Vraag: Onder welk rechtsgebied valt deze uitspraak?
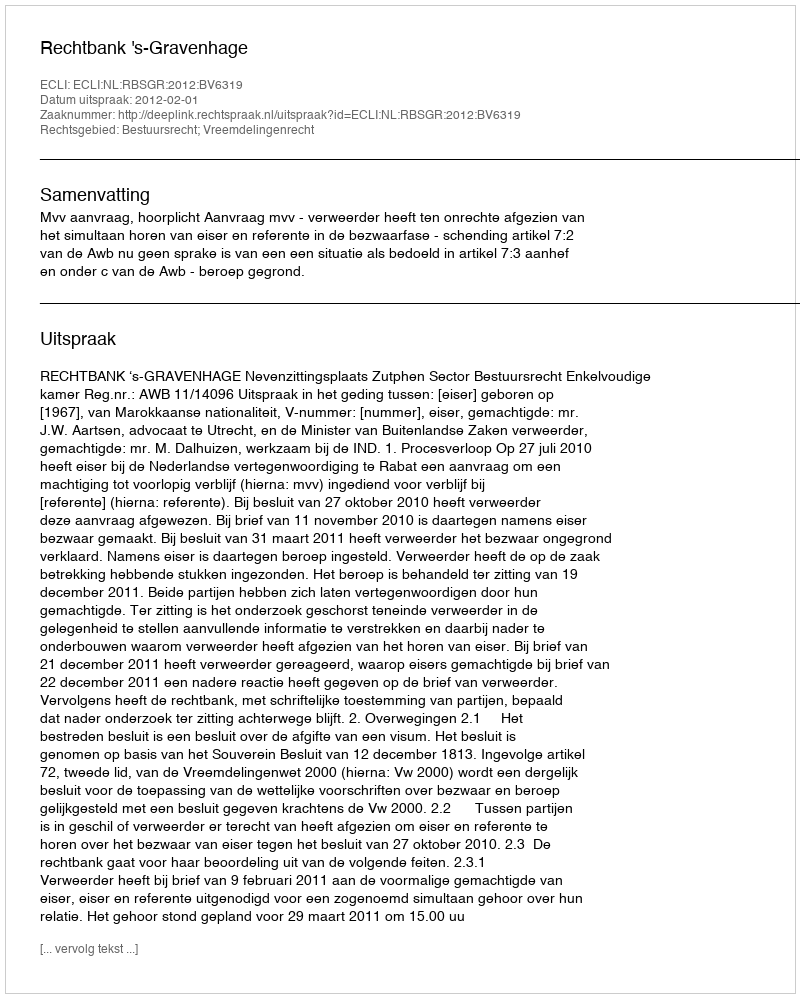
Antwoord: Bestuursrecht; Vreemdelingenrecht